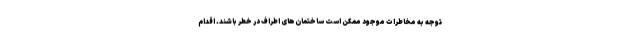
توجه به مخاطرات موجود ممکن است ساختمان‌های اطراف در خطر باشند. اقدام